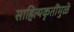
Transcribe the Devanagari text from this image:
साहित्यकृतींमुळे